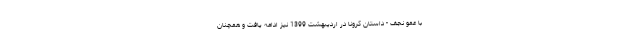
با عمو نجف - داستان کرونا در اردیبهشت 1399 نیز ادامه یافت و همچنان